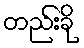
တည်းခို